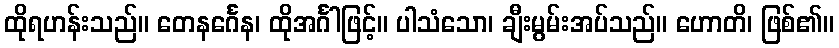
ထိုရဟန်းသည်။ တေနင်္ဂေန၊ ထိုအင်္ဂါဖြင့်။ ပါသံသော၊ ချီးမွမ်းအပ်သည်။ ဟောတိ၊ ဖြစ်၏။